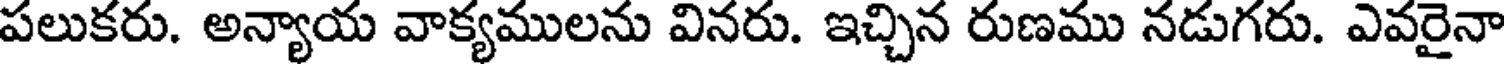
పలుకరు. అన్యాయ వాక్యములను వినరు. ఇచ్చిన రుణము నడుగరు. ఎవరైనా